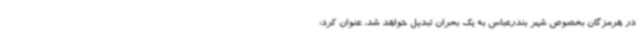
در هرمزگان بخصوص شهر بندرعباس به یک بحران تبدیل خواهد شد، عنوان کرد: